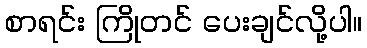
စာရင်း ကြိုတင် ပေးချင်လို့ပါ။